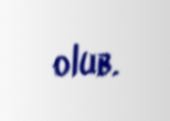
olub.